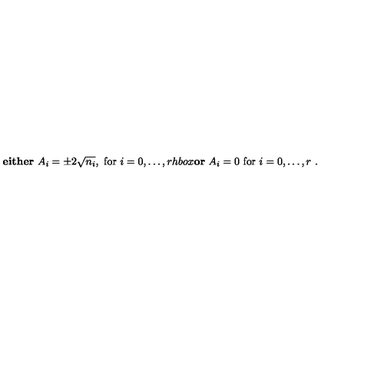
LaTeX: \mathrm { \bf e i t h e r } \ A _ { i } = \pm 2 \sqrt { n _ { i } } , \ \mathrm { f o r } \ i = 0 , \dots , r h b o x { \bf o r } \ A _ { i } = 0 \ \mathrm { f o r } \ i = 0 , \dots , r \ .